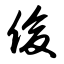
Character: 俊